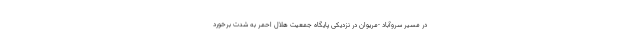
در مسیر سروآباد -مریوان در نزدیکی پایگاه جمعیت هلال احمر به شدت برخورد